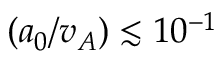
( a _ { 0 } / v _ { A } ) \lesssim 1 0 ^ { - 1 }